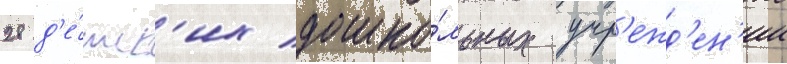
28 д'е́тск'их дошко́льных учр'ежд'ен'ии